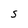
Character: s